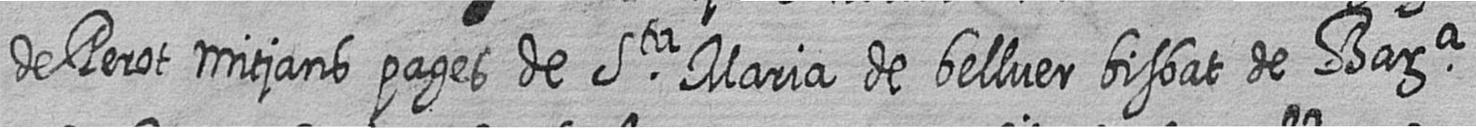
de Perot mitjans pages de Sta Maria de bellver bisbat de Bara